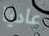
عاديا